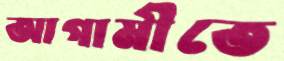
আগামীতে